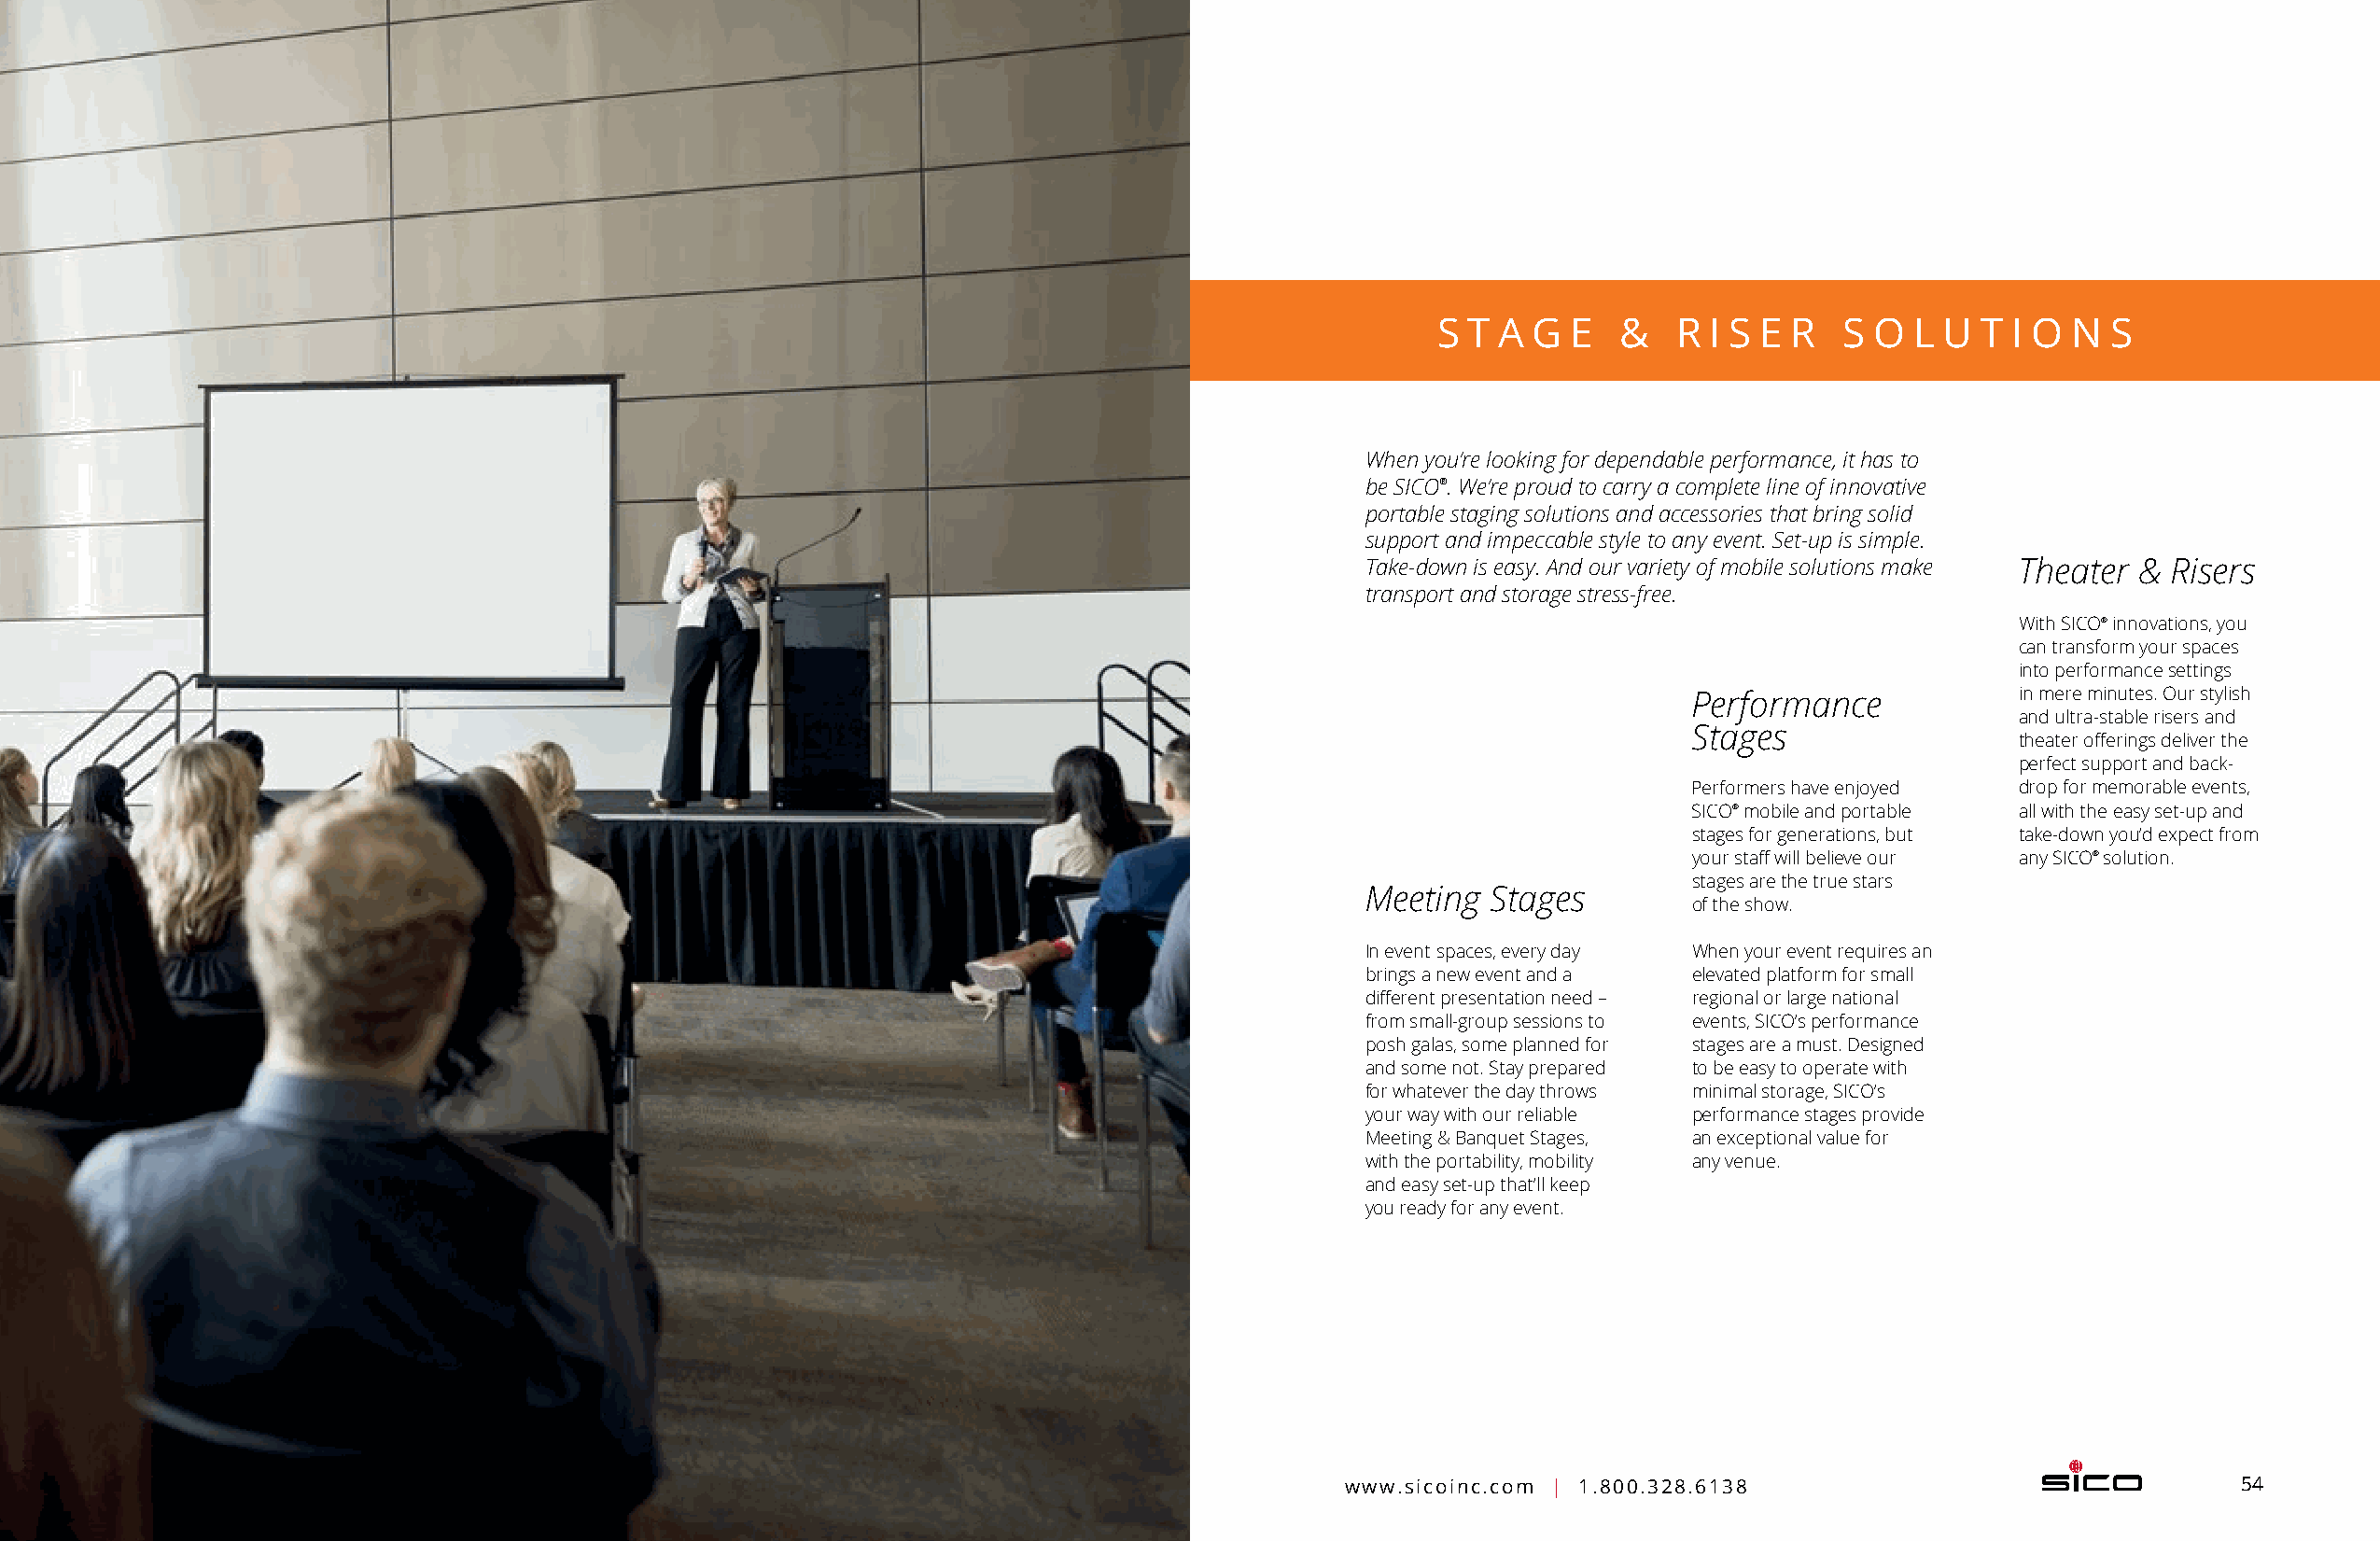
S T A  G E   &   R I S E R   S O  L U  T I O N  S
 When you’re looking for dependable performance, it has to
 be SICO®. We’re proud to carry a complete line of innovative
 portable staging solutions and accessories that bring solid
 support and impeccable style to any event. Set-up is simple.
 Take-down is easy. And our variety of mobile solutions make Theater & Risers
 transport and storage stress-free.
 With SICO® innovations, you
 can transform your spaces
 into performance s ettings
 Performance            in mere minutes. Our stylish
 and ultra-stable risers and
 Stages
 theater offerings deliver the
 perfect support and back-
 Performers have enjoyed drop for memorable events,
 SICO® mobile and portable all with the easy s et-up and
 stages for generations, but take-down you’d expect from
 your staff will believe our any SICO® solution.
 stages are the true stars
 Meeting  Stages
 of the show.
 In event spaces, every day When your event requires an
 brings a new event and a elevated platform for small
 different presentation need – regional or large national
 from small-group sessions to events, SICO’s performance
 posh galas, some planned for stages are a must. Designed
 and some not. Stay prepared to be easy to operate with
 for whatever the day throws minimal storage, SICO’s
 your way with our reliable performance stages provide
 Meeting & Banquet Stages, an exceptional value for
 with the portability, mobility any venue.
 and easy set-up that’ll keep
 you ready for any event.
 53    Education - Stage & Riser Solutions                                              www.sicoinc.com | 1.800.328.6138                                54